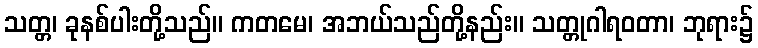
သတ္တ၊ ခုနစ်ပါးတို့သည်။ ကတမေ၊ အဘယ်သည်တို့နည်း။ သတ္တုဂါရဝတာ၊ ဘုရား၌